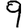
Digit: 9